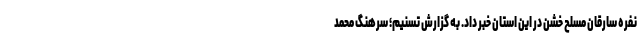
نفره سارقان مسلح خشن در این استان خبر داد. به گزارش تسنیم؛ سرهنگ محمد